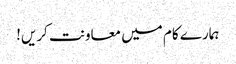
ہمارے کام میں معاونت کریں!